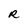
Character: R